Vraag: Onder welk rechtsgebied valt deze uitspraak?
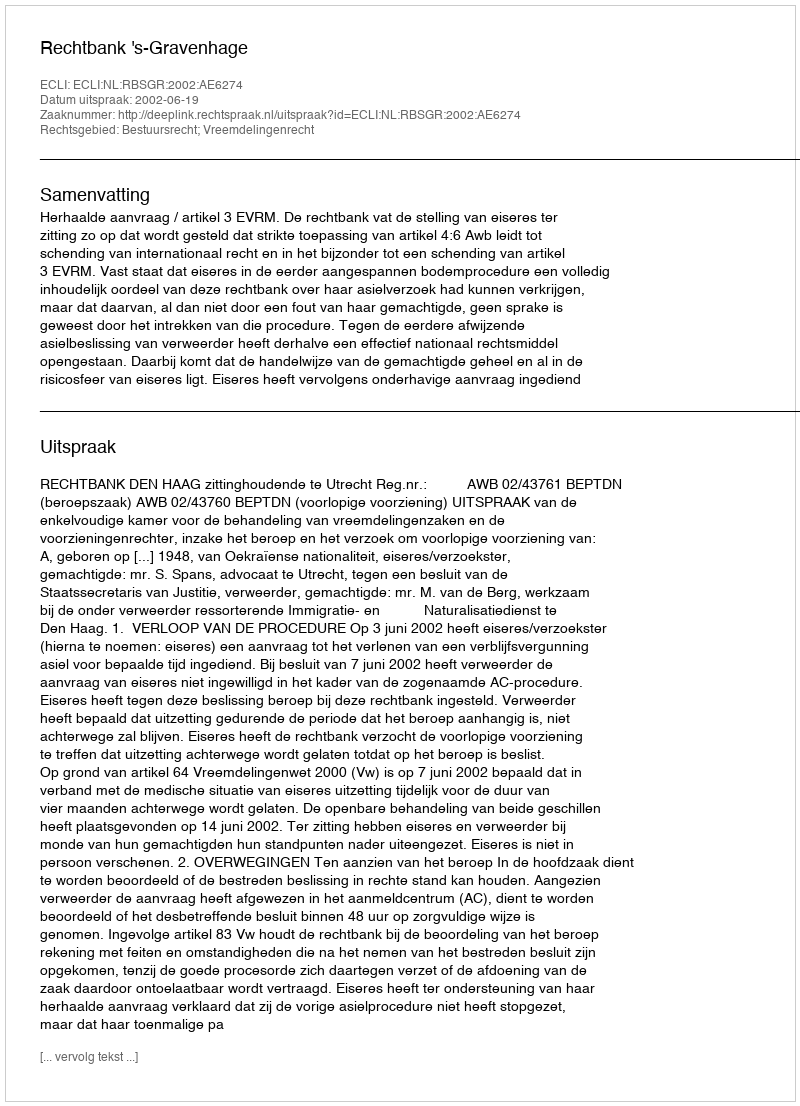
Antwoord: Bestuursrecht; Vreemdelingenrecht